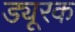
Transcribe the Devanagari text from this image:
ड्यूरक